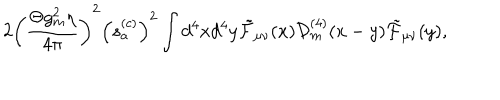
2 \left( \frac { \Theta g _ { m } ^ { 2 } \eta } { 4 \pi } \right) ^ { 2 } \left( s _ { a } ^ { ( c ) } \right) ^ { 2 } \int d ^ { 4 } x d ^ { 4 } y \tilde { \cal F } _ { \mu \nu } ( x ) { \cal D } _ { m } ^ { ( 4 ) } ( x - y ) \tilde { \cal F } _ { \mu \nu } ( y ) ,